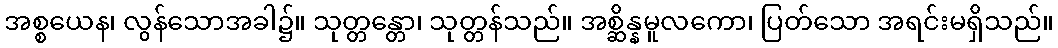
အစ္စယေန၊ လွန်သောအခါ၌။ သုတ္တန္တော၊ သုတ္တန်သည်။ အစ္ဆိန္နမူလကော၊ ပြတ်သော အရင်းမရှိသည်။